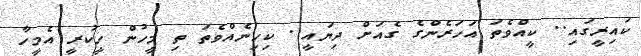
ކައިރީގައި.. ކީއްވެތަ އަހަރެންގެ ގެއަށް ދިޔައީ.. ކިހިނެއްވެތަ ތި މީހުން ހީކުރީ އެމީހާ